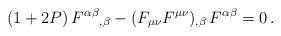
LaTeX: \begin{align*}(1+2P) \, {F^{\alpha\beta}}_{,\beta} - (F_{\mu\nu}F^{\mu\nu})_{,\beta} \, F^{\alpha\beta} = 0 \, . \end{align*}